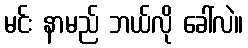
မင်း နာမည် ဘယ်လို ခေါ်လဲ။